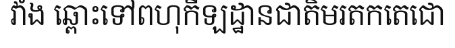
វាំង ឆ្ពោះទៅពហុកីឡដ្ឋានជាតិមរតកតេជោ